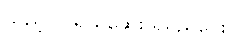
သည့်ပြင်ရယ်ဆေး ရမည်ဝေး။